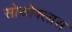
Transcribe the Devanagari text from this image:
सोफोक्लास